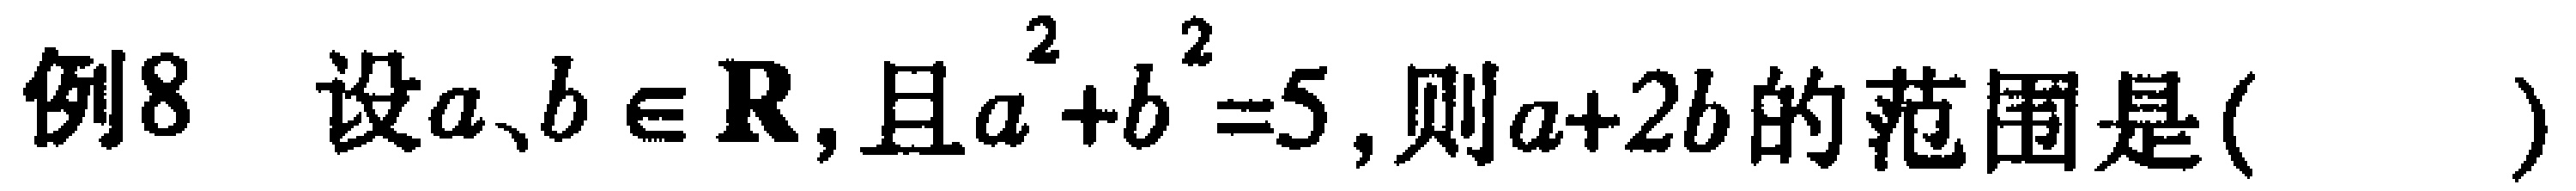
例8 设$a、b \in \mathbf{R}$,且$a^{2}+b^{2}=5$,则$a + 2b$的范围是( )